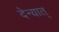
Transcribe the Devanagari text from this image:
देन्यात्